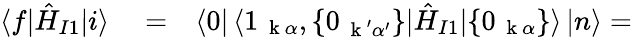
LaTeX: \begin{array}{rlr}{\langle f|\hat{H}_{I1}|i\rangle}&{{}=}&{\langle 0|\, \langle 1_{\mathrm{~\mathbf~k~}\alpha},\{ 0_{\mathrm{~\mathbf~k~}^{\prime}\alpha^{\prime}}\} |\hat{H}_{I1}|\{ 0_{\mathrm{~\mathbf~k~}\alpha}\} \rangle\, |n\rangle=}\end{array}